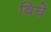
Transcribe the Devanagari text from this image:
बिघे